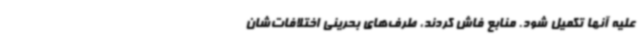
علیه آنها تکمیل شود. منابع فاش کردند، طرف‌های بحرینی اختلافات‌شان